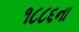
૧૮૮૬ના